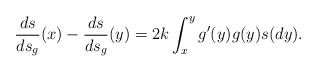
\begin{align*}\frac{ds}{ds_g}(x)-\frac{ds}{ds_g}(y)=2k\int_x^y g'(y)g(y)s(dy).\end{align*}